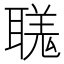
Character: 𦗅